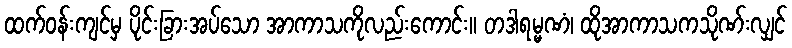
ထက်ဝန်းကျင်မှ ပိုင်းခြားအပ်သော အာကာသကိုလည်းကောင်း။ တဒါရမ္မဏံ၊ ထိုအာကာသကသိုဏ်းလျှင်